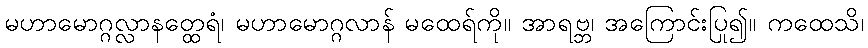
မဟာမောဂ္ဂလ္လာနတ္ထေရံ၊ မဟာမောဂ္ဂလာန် မထေရ်ကို။ အာရဗ္ဘ၊ အကြောင်းပြု၍။ ကထေသိ၊